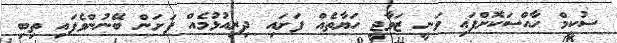
ސުކީމް ހާއްސަކޮށްފައި ވަނީ ޒަވާޖީ ހަޔާތެއް ފަށައި ދިރިއުޅުމެއް ފަށަން ބޭނުންވެފައި ތިބި